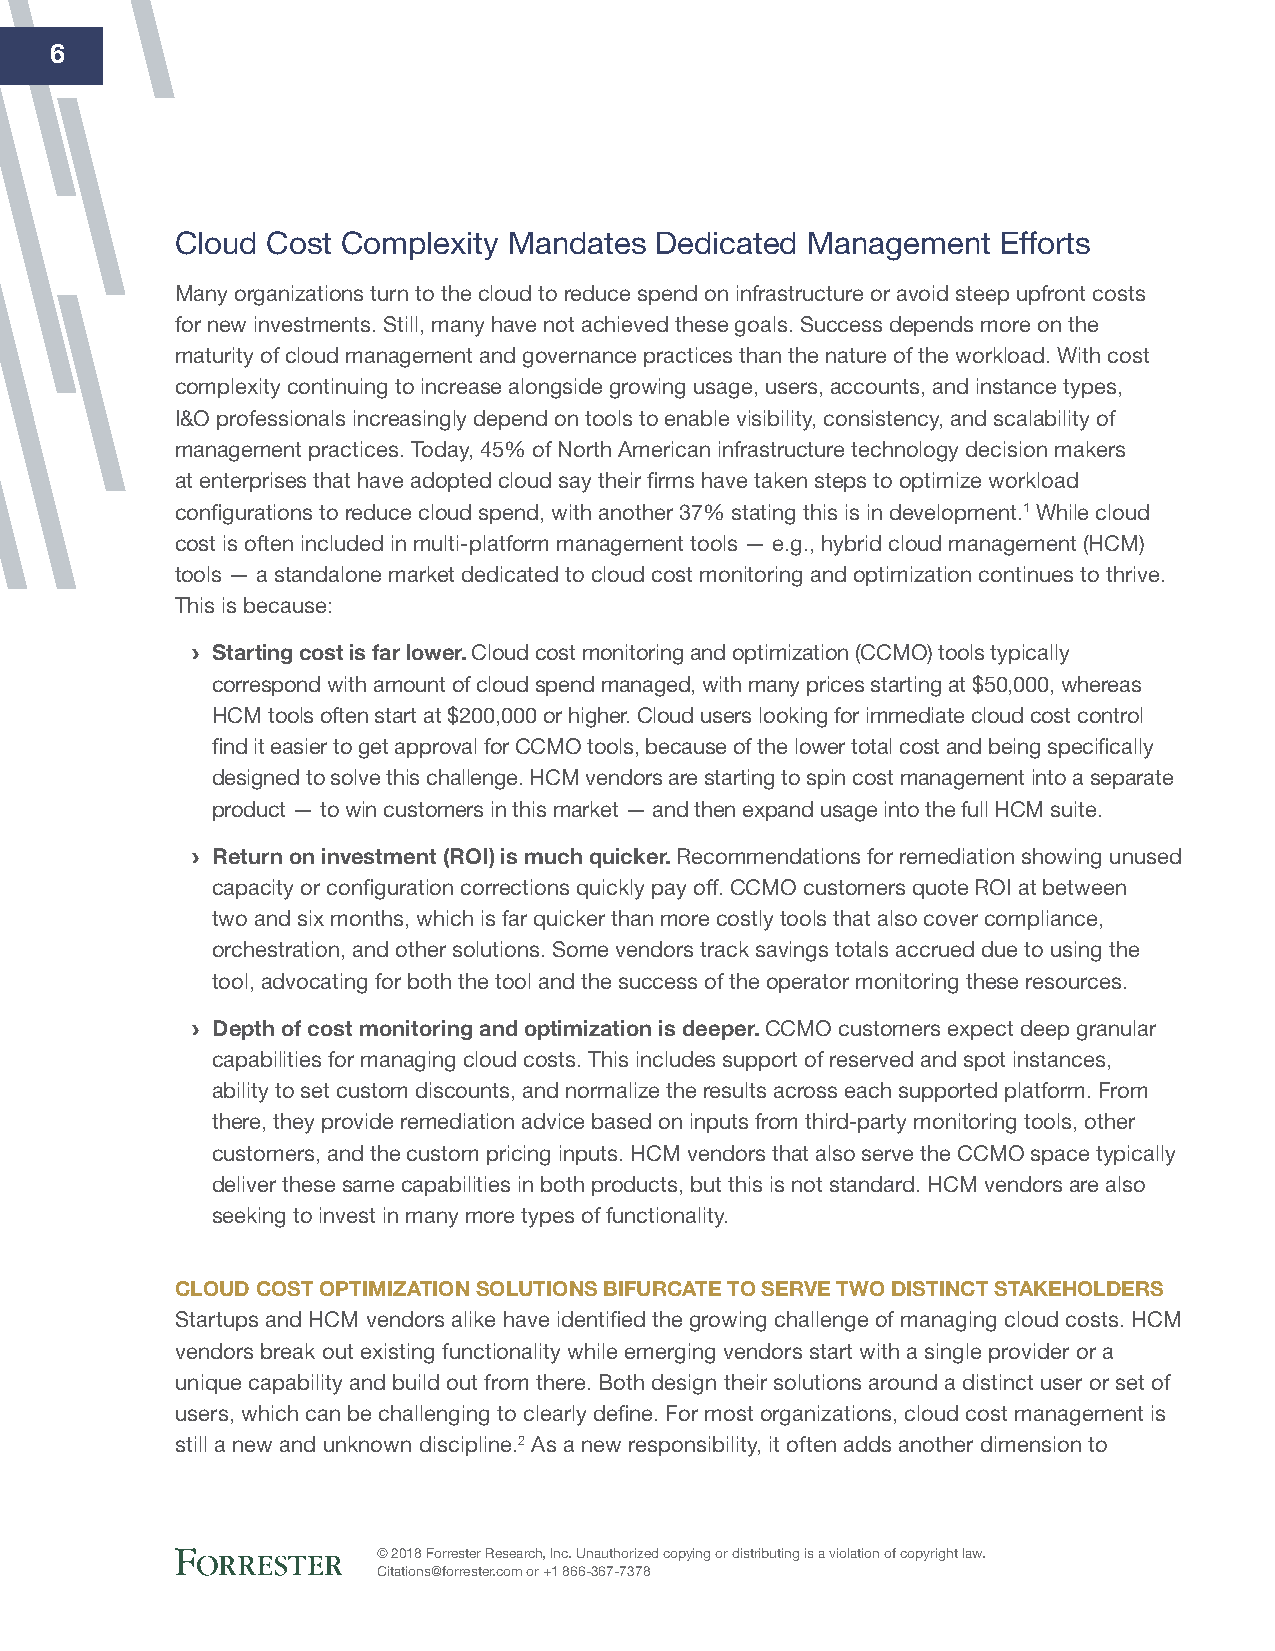
6
 Cloud Cost Complexity Mandates Dedicated Management   Efforts
 Many organizations turn to the cloud to reduce spend on infrastructure or avoid steep upfront costs
 for new investments. Still, many have not achieved these goals. Success depends more on the
 maturity of cloud management and governance practices than the nature of the workload. With cost
 complexity continuing to increase alongside growing usage, users, accounts, and instance types,
 I&O professionals increasingly depend on tools to enable visibility, consistency, and scalability of
 management practices. Today, 45% of North American infrastructure technology decision makers
 at enterprises that have adopted cloud say their firms have taken steps to optimize workload
 configurations to reduce cloud spend, with another 37% stating this is in development.1 While cloud
 cost is often included in multi-platform management tools — e.g., hybrid cloud management (HCM)
 tools — a standalone market dedicated to cloud cost monitoring and optimization continues to thrive.
 This is because:
 › Starting cost is far lower. Cloud cost monitoring and optimization (CCMO) tools typically
 correspond with amount of cloud spend managed, with many prices starting at $50,000, whereas
 HCM tools often start at $200,000 or higher. Cloud users looking for immediate cloud cost control
 find it easier to get approval for CCMO tools, because of the lower total cost and being specifically
 designed to solve this challenge. HCM vendors are starting to spin cost management into a separate
 product — to win customers in this market — and then expand usage into the full HCM suite.
 › return on investment (rOi) is much quicker. Recommendations for remediation showing unused
 capacity or configuration corrections quickly pay off. CCMO customers quote ROI at between
 two and six months, which is far quicker than more costly tools that also cover compliance,
 orchestration, and other solutions. Some vendors track savings totals accrued due to using the
 tool, advocating for both the tool and the success of the operator monitoring these resources.
 › depth of cost monitoring and optimization is deeper. CCMO customers expect deep granular
 capabilities for managing cloud costs. This includes support of reserved and spot instances,
 ability to set custom discounts, and normalize the results across each supported platform. From
 there, they provide remediation advice based on inputs from third-party monitoring tools, other
 customers, and the custom pricing inputs. HCM vendors that also serve the CCMO space typically
 deliver these same capabilities in both products, but this is not standard. HCM vendors are also
 seeking to invest in many more types of functionality.
 ClOud COSt OptiMizAtiON SOlutiONS BifurCAte tO Serve twO diStiNCt StAKehOlderS
 Startups and HCM vendors alike have identified the growing challenge of managing cloud costs. HCM
 vendors break out existing functionality while emerging vendors start with a single provider or a
 unique capability and build out from there. Both design their solutions around a distinct user or set of
 users, which can be challenging to clearly define. For most organizations, cloud cost management is
 still a new and unknown discipline.2 As a new responsibility, it often adds another dimension to
 © 2018 Forrester Research, Inc. Unauthorized copying or distributing is a violation of copyright law.
 Citations@forrester.com or +1 866-367-7378